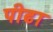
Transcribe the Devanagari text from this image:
पीढा